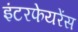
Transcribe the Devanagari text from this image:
इंटरफेयरेंस